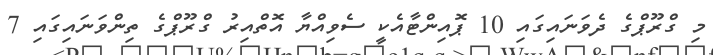
މި ގްރޫޕްގެ ދެވަނައިގައި 10 ޕޮއިންޓާއެކީ ސެވިއްޔާ އޮތްއިރު ގްރޫޕްގެ ތިންވަނައިގައި 7